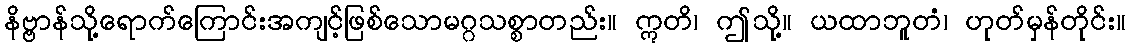
နိဗ္ဗာန်သို့ရောက်ကြောင်းအကျင့်ဖြစ်သောမဂ္ဂသစ္စာတည်း။ ဣတိ၊ ဤသို့။ ယထာဘူတံ၊ ဟုတ်မှန်တိုင်း။